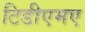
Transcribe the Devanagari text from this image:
टिडीएमए